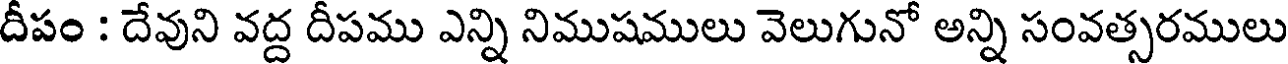
దీపం : దేవుని వద్ద దీపము ఎన్ని నిముషములు వెలుగునో అన్ని సంవత్సరములు